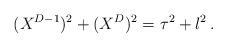
LaTeX: \begin{align*}(X^{D-1})^2 + (X^D)^2 = \tau^2 + l^2\,. \end{align*}